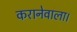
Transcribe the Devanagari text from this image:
करानेवाला।